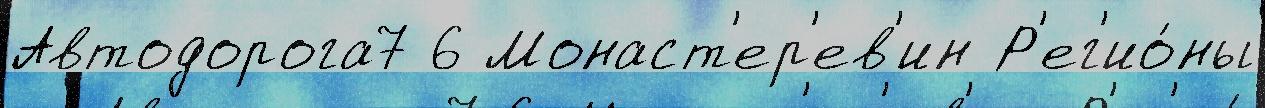
Автодорога7 6 Монаст'ер'ев'ин Р'ег'ио́ны